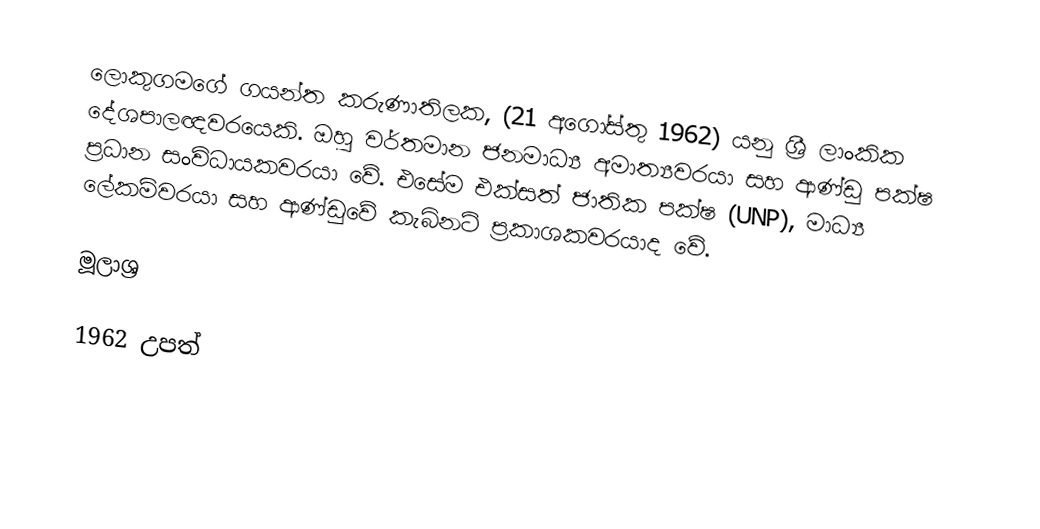
ලොකුගමගේ ගයන්ත කරුණාතිලක, (21 අගෝස්තු 1962) යනු ශ්‍රී ලාංකික දේශපාලඥවරයෙකි. ඔහු වර්තමාන ජනමාධ්‍ය අමාත්‍යවරයා සහ ආණ්ඩු පක්ෂ ප්‍රධාන සංවිධායකවරයා වේ. එසේම එක්සත් ජාතික පක්ෂ (UNP), මාධ්‍ය ලේකම්වරයා සහ ආණ්ඩුවේ කැබිනට් ප්‍රකාශකවරයාද වේ.

මූලාශ්‍ර

1962 උපත්